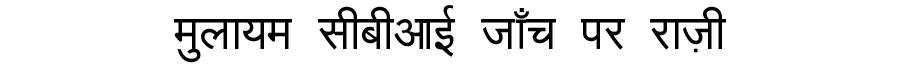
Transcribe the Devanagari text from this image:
मुलायम सीबीआई जाँच पर राज़ी